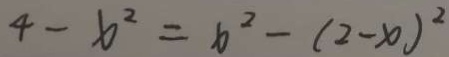
4 - x ^ { 2 } = x ^ { 2 } - ( 2 - x ) ^ { 2 }